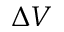
\Delta V